Vaccination in the Punjab 1867-1880 - 1867-1880
Year: 1867
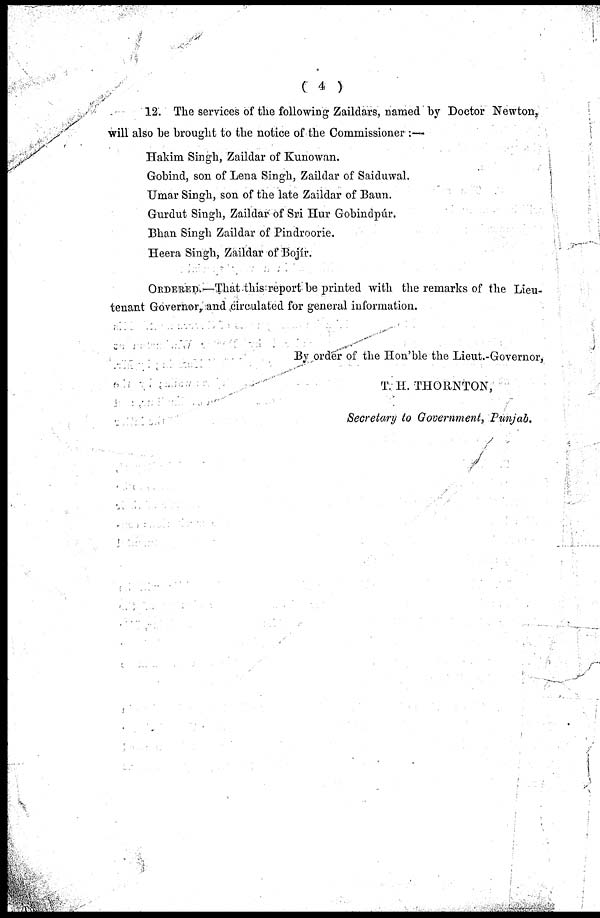
( 4 )
12. The services of the following Zaildars, named by Doctor Newton,
will also he brought to the notice of the Commissioner :—
Hakim Singh, Zaildar of Kunowan.
Gobind, son of Lena Singh, Zaildar of Saiduwal.
Umar Singh, son of the late Zaildar of Baun.
Gurdut Singh, Zaildar of Sri Hur Gobindpúr.
Bhan Singh Zaildar of Pindroorie.
Heera Singh, Zaildar of Bojír.
ORDERED —That this report be printed with the remarks of the Lieu-
tenant Governor, and circulated for general information.
By order of the Hon'ble the Lieut.-Governor,
T. H. THORNTON,
Secretary to Government, Punjab.